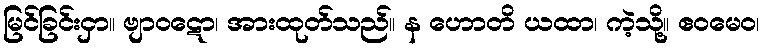
မြင်ခြင်းငှာ။ ဗျာဝဋော၊ အားထုတ်သည်။ န ဟောတိ ယထာ၊ ကဲ့သို့။ ဧဝမေဝ၊